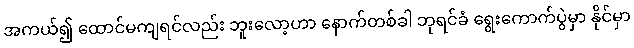
အကယ်၍ ထောင်မကျရင်လည်း ဘူးလော့ဟာ နောက်တစ်ခါ ဘုရင်ခံ ရွေးကောက်ပွဲမှာ နိုင်မှာ